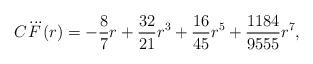
LaTeX: \begin{align*} C\dddot{F}(r) = -\frac{8}{7}r + \frac{32}{21} r^3 + \frac{16}{45} r^5 + \frac{1184}{9555} r^7,\end{align*}